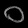
Digit: ၀